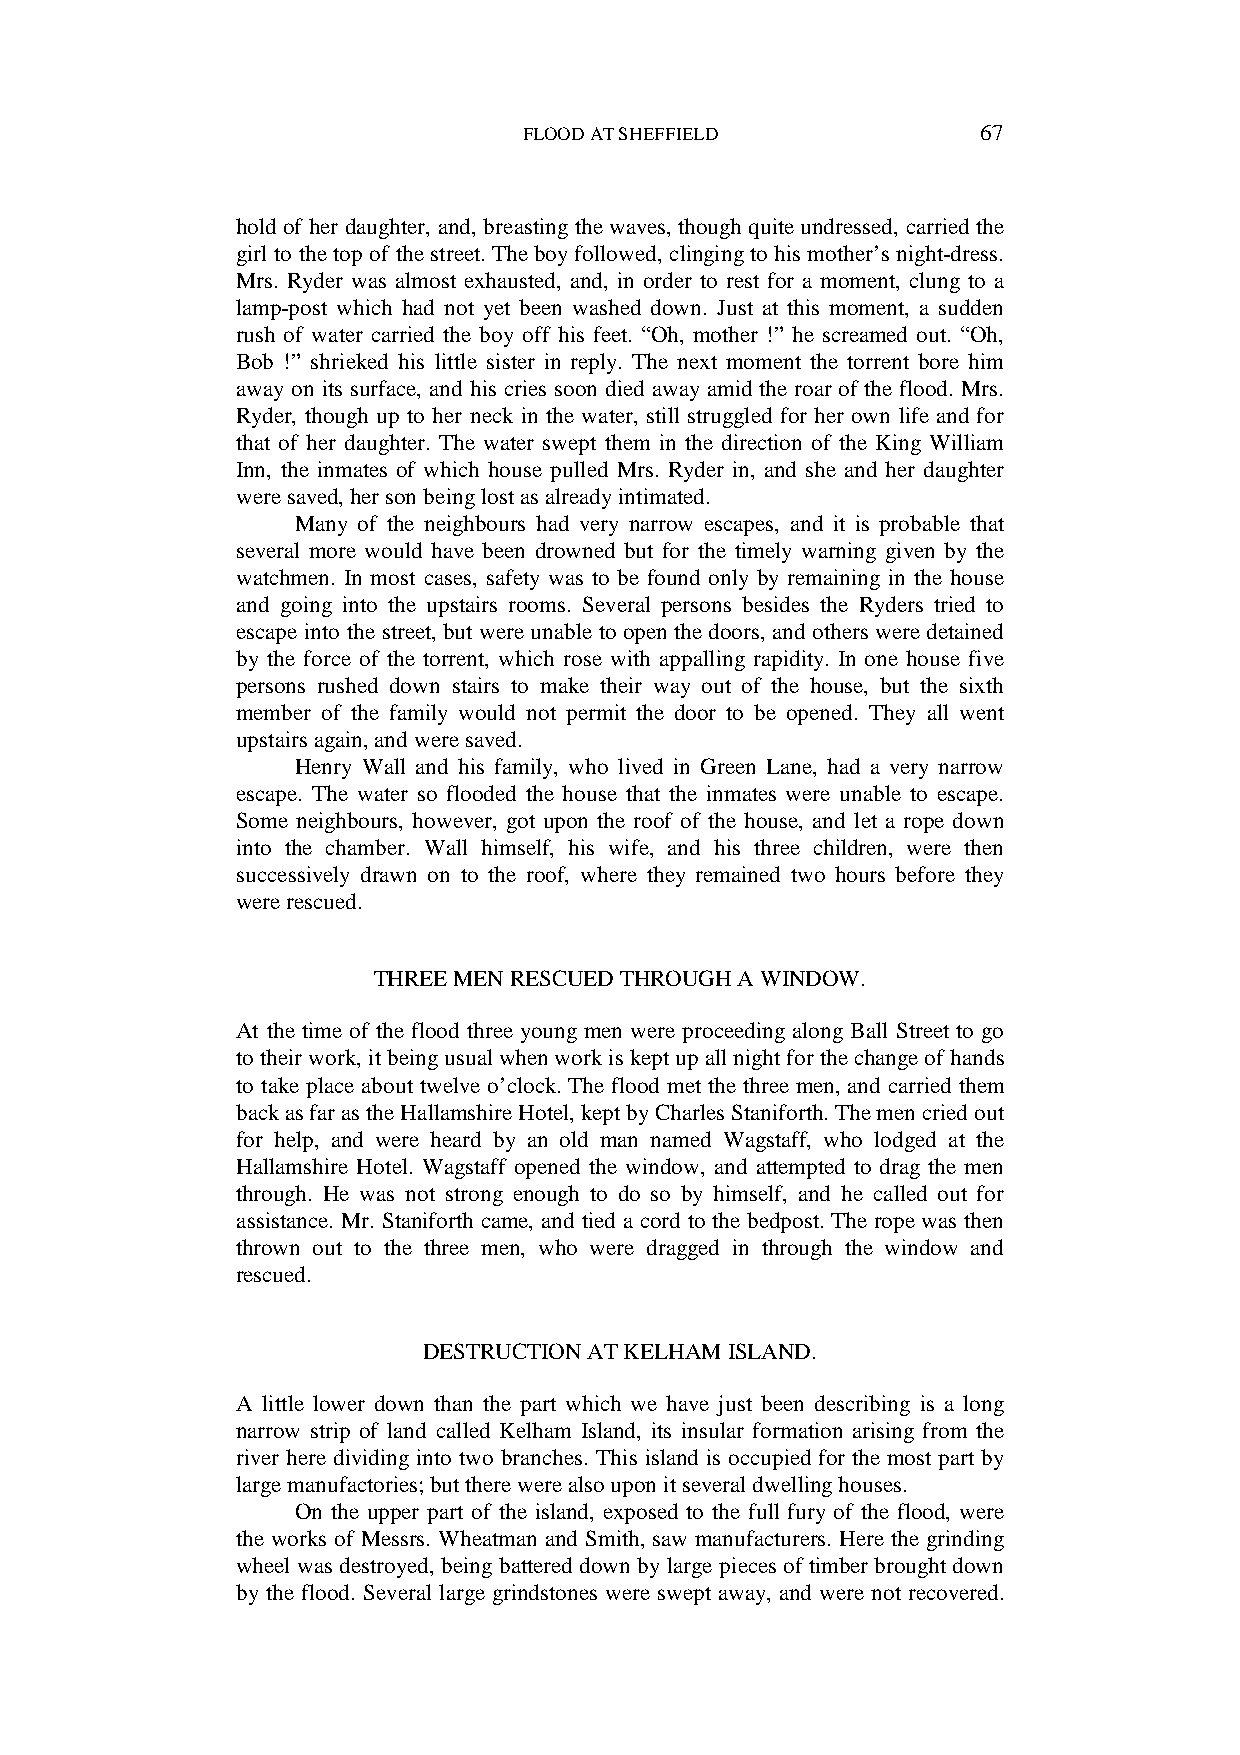
FLOOD AT SHEFFIELD            67
 hold of her daughter, and, breasting the waves, though quite undressed, carried the
 girl to the top of the street. The boy followed, clinging to his mother’s night-dress.
 Mrs. Ryder was almost exhausted, and, in order to rest for a moment, clung to a
 lamp-post which had not yet been washed down. Just at this moment, a sudden
 rush of water carried the boy off his feet. “Oh, mother !” he screamed out. “Oh,
 Bob !” shrieked his little sister in reply. The next moment the torrent bore him
 away on its surface, and his cries soon died away amid the roar of the flood. Mrs.
 Ryder, though up to her neck in the water, still struggled for her own life and for
 that of her daughter. The water swept them in the direction of the King William
 Inn, the inmates of which house pulled Mrs. Ryder in, and she and her daughter
 were saved, her son being lost as already intimated.
 Many of the neighbours had very narrow escapes, and it is probable that
 several more would have been drowned but for the timely warning given by the
 watchmen. In most cases, safety was to be found only by remaining in the house
 and going into the upstairs rooms. Several persons besides the Ryders tried to
 escape into the street, but were unable to open the doors, and others were detained
 by the force of the torrent, which rose with appalling rapidity. In one house five
 persons rushed down stairs to make their way out of the house, but the sixth
 member of the family would not permit the door to be opened. They all went
 upstairs again, and were saved.
 Henry Wall and his family, who lived in Green Lane, had a very narrow
 escape. The water so flooded the house that the inmates were unable to escape.
 Some neighbours, however, got upon the roof of the house, and let a rope down
 into the chamber. Wall himself, his wife, and his three children, were then
 successively drawn on to the roof, where they remained two hours before they
 were rescued.
 THREE MEN RESCUED THROUGH A WINDOW.
 At the time of the flood three young men were proceeding along Ball Street to go
 to their work, it being usual when work is kept up all night for the change of hands
 to take place about twelve o’clock. The flood met the three men, and carried them
 back as far as the Hallamshire Hotel, kept by Charles Staniforth. The men cried out
 for help, and were heard by an old man named Wagstaff, who lodged at the
 Hallamshire Hotel. Wagstaff opened the window, and attempted to drag the men
 through. He was not strong enough to do so by himself, and he called out for
 assistance. Mr. Staniforth came, and tied a cord to the bedpost. The rope was then
 thrown out to the three men, who were dragged in through the window and
 rescued.
 DESTRUCTION AT KELHAM ISLAND.
 A little lower down than the part which we have just been describing is a long
 narrow strip of land called Kelham Island, its insular formation arising from the
 river here dividing into two branches. This island is occupied for the most part by
 large manufactories; but there were also upon it several dwelling houses.
 On the upper part of the island, exposed to the full fury of the flood, were
 the works of Messrs. Wheatman and Smith, saw manufacturers. Here the grinding
 wheel was destroyed, being battered down by large pieces of timber brought down
 by the flood. Several large grindstones were swept away, and were not recovered.